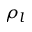
\rho _ { l }